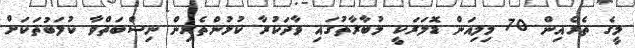
މީގެ ތެރެއިން 70 މިލިއަން ޑޮލަރަކީ މުބާރާތުގައި ވާދަކުރާ ކުޅުންތެރިން ނިސްބަތްވާ ކުލަބުތަކަށް